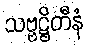
သဗ္ဗဋ္ဌိတီနံ